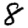
Digit: 8